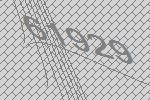
61929